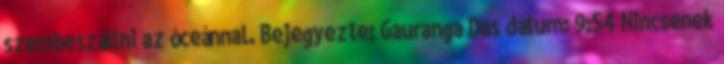
szembeszállni az óceánnal. Bejegyezte: Gauranga Das dátum: 9:54 Nincsenek